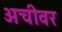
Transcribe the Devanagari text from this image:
अचीवर